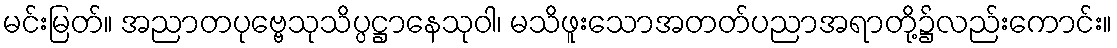
မင်းမြတ်။ အညာတပုဗ္ဗေသုသိပ္ပဋ္ဌာနေသုဝါ၊ မသိဖူးသောအတတ်ပညာအရာတို့၌လည်းကောင်း။